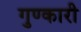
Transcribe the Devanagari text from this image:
गुण्कारी